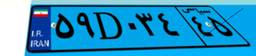
۵۹D۰۳۴۴۵